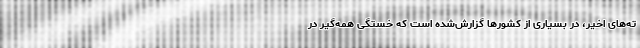
ته‌های اخیر، در بسیاری از کشورها گزارش‌شده است که خستگی همه‌گیر در